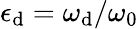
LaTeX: \epsilon_{\mathrm{d}}=\omega_{\mathrm{d}}/\omega_{0}